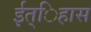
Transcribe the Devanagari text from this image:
ईत्िहास